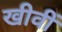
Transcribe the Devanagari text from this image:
खीवीं